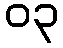
၀၃